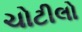
ચોટીલો